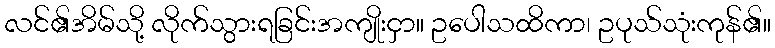
လင်၏အိမ်သို့ လိုက်သွားရခြင်းအကျိုးငှာ။ ဥပေါသထိကာ၊ ဥပုသ်သုံးကုန်၏။